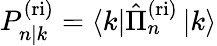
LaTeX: P_{n|k}^{\mathrm{(ri)}}=\left\langle k\right|\hat{\Pi}_{n}^{\mathrm{(ri)}}\left|k\right\rangle